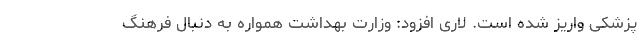
پزشکی واریز شده است. لاری افزود: وزارت بهداشت همواره به دنبال فرهنگ